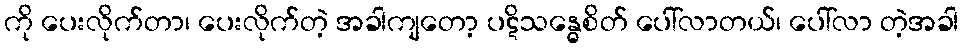
ကို ပေးလိုက်တာ၊ ပေးလိုက်တဲ့ အခါကျတော့ ပဋိသန္ဓေစိတ် ပေါ်လာတယ်၊ ပေါ်လာ တဲ့အခါ